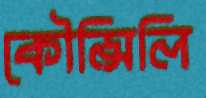
কৌন্সিলি